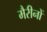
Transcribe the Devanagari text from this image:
मैरीनों